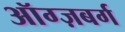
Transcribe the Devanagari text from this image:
ऑग्ज़बर्ग